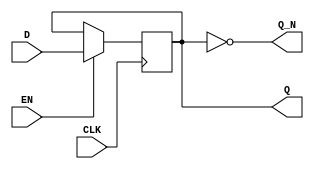
module edge_triggered_gated_latch (
    input wire D,        // Data input
    input wire EN,       // Enable signal
    input wire CLK,      // Clock signal
    output reg Q,        // Latched output
    output wire Q_N      // Complement of output Q
);

// Always block for edge-triggered behavior
always @(posedge CLK) begin
    if (EN) begin
        Q <= D;  // Latch the input D when EN is high at the rising edge of CLK
    end
    // If EN is low, Q retains its previous value
end

assign Q_N = ~Q; // Complement of the output Q

endmodule